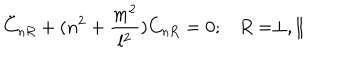
\ddot { C } _ { n R } + ( n ^ { 2 } + \frac { m ^ { 2 } } { l ^ { 2 } } ) C _ { n R } = 0 ; R = \perp , \parallel